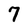
Character: 7